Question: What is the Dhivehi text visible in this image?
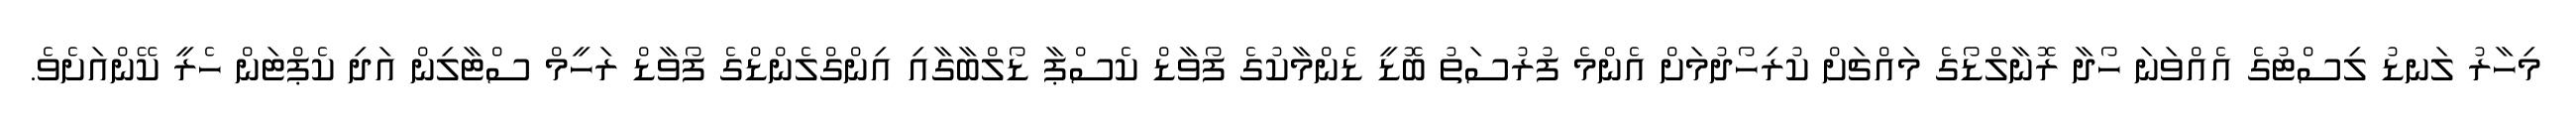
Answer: މިހާރު ލަނޑު ލިސްޓުގެ އެއްވަނަ ހޯދާ ރޮނާލްޑޯގެ މައްޗަށް ކުރިހޯދުމަށް އެންމެ ފުރުސަތު ބޮޑީ ޑެންމާކުގެ ފޯވާޑް ކެސްޕާ ޑޯލްބާގާއި އިންގްލެންޑްގެ ފޯވާޑް ރަހީމް ސްޓާލިން އަދި ކެޕްޓަން ހެރީ ކޭންއަށެވެ.